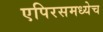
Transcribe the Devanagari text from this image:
एपिरसमध्येच